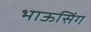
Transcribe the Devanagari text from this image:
भाऊसिंग